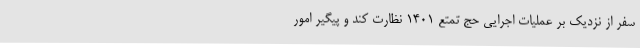
سفر از نزدیک بر عملیات اجرایی حج تمتع ۱۴۰۱ نظارت کند و پیگیر امور